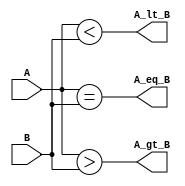
module compare_2_CA1 (A_lt_B, A_gt_B, A_eq_B, A, B);
  input	[1: 0] 	A, B;
  output 		A_lt_B, A_gt_B, A_eq_B;

  assign 	A_lt_B = (A < B);
  assign 	A_gt_B = (A > B);
  assign 	A_eq_B = (A == B);
endmodule